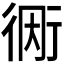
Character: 𫋭